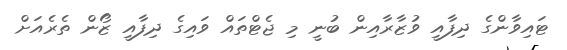
ޓައިވާންގެ ދިފާއީ ވުޒާރާއިން ބުނީ މި ޖެޓްތައް ވައިގެ ދިފާއީ ޒޯން ތެރެއަށް